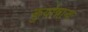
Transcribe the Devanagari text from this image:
कुर्यान्नान्यः